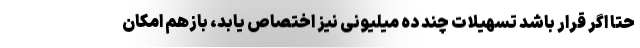
حتا اگر قرار باشد تسهیلات چند ده میلیونی نیز اختصاص یابد، بازهم امکان